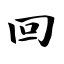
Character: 回